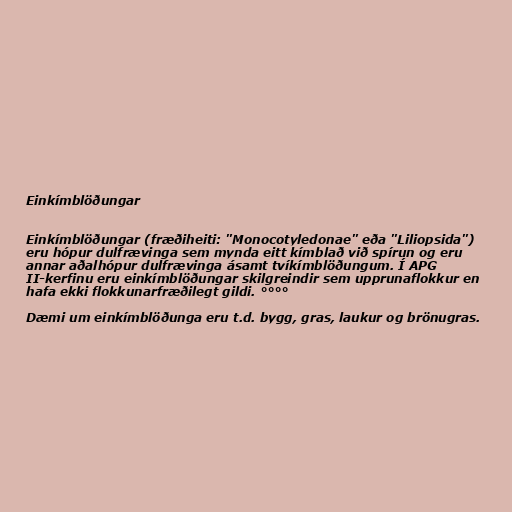
Einkímblöðungar

Einkímblöðungar (fræðiheiti: "Monocotyledonae" eða "Liliopsida")
eru hópur dulfrævinga sem mynda eitt kímblað við spírun og eru
annar aðalhópur dulfrævinga ásamt tvíkímblöðungum. Í APG
II-kerfinu eru einkímblöðungar skilgreindir sem upprunaflokkur en
hafa ekki flokkunarfræðilegt gildi. °°°°

Dæmi um einkímblöðunga eru t.d. bygg, gras, laukur og brönugras.